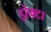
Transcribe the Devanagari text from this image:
इरेक्टा